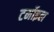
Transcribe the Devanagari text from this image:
टर्मोइल